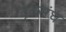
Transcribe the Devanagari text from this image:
दृढसंघ